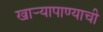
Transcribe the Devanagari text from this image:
खार्‍यापाण्याची